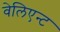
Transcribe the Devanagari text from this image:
वेलिएन्ट